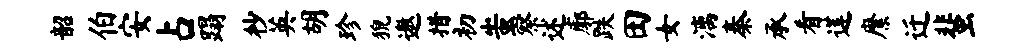
韶伯安占蹋杪英胡珍猊遨措初蚩察述廓跌田女漓秦承看莲縻迁蜚